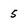
Character: 5